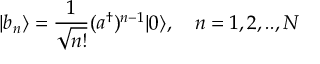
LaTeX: | b _ { n } \rangle = \frac { 1 } { \sqrt { n ! } } ( a ^ { \dagger } ) ^ { n - 1 } | 0 \rangle , \quad n = 1 , 2 , . . , N